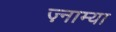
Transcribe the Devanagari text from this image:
ज़्नाम्या